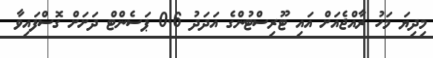
މިދިޔަ މަހު ރާއްޖެއަށް އައި ޓޫރިސްޓުންގެ އަދަދު 0.6 ޕަސެންޓް ދަށަށް ގޮސްފައިވާ